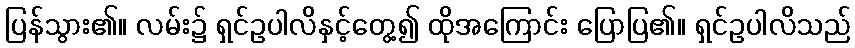
ပြန်သွား၏။ လမ်း၌ ရှင်ဥပါလိနှင့်တွေ့၍ ထိုအကြောင်း ပြောပြ၏။ ရှင်ဥပါလိသည်